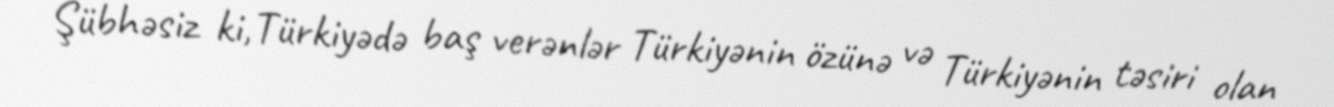
Şübhəsiz ki,Türkiyədə baş verənlər Türkiyənin özünə və Türkiyənin təsiri olan